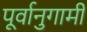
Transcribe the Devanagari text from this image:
पूर्वानुगामी